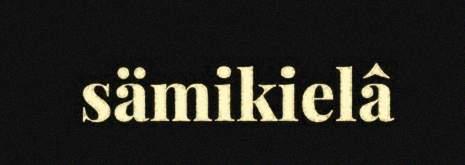
sämikielâ